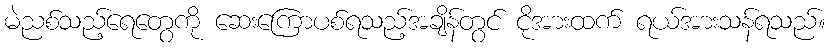
မဲညစ်သည့်ရေတွေကို ဆေးကြောပစ်ရသည့်အချိန်တွင် ငိုအားထက် ရယ်အားသန်ရသည်။